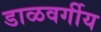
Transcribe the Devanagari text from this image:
डाळवर्गीय